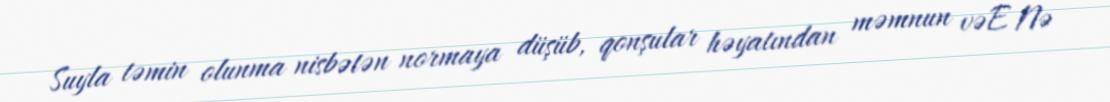
Suyla təmin olunma nisbətən normaya düşüb, qonşular həyatından məmnun vəE Nə